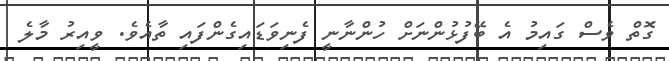
ގޮތް ވެސް ގައިމު އެ ބޭފުޅުންނަށް ހުންނާނީ ފެނިވަޑައިގެންފައި ތާއެވެ. ވީއިރު މާލެ